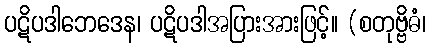
ပဋိပဒါဘေဒေန၊ ပဋိပဒါအပြားအားဖြင့်။ (စတုဗ္ဗိဓံ၊